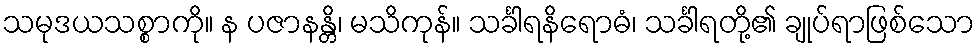
သမုဒယသစ္စာကို။ န ပဇာနန္တိ၊ မသိကုန်။ သင်္ခါရနိရောဓံ၊ သင်္ခါရတို့၏ ချုပ်ရာဖြစ်သော